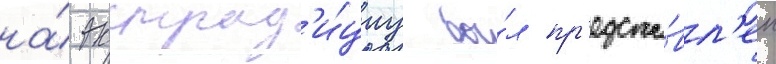
на́ экстрад'и́циу бы́л пр'едста́вл'ен